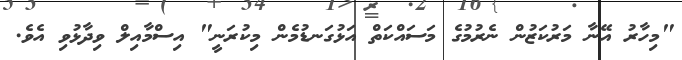
"މިހާރު އޭނާ މަރުކަޒުން ނެރުމުގެ މަސައްކަތް އަޅުގަނޑުމެން މިކުރަނީ" އިސްމާއިލް ވިދާޅުވި އެވެ.